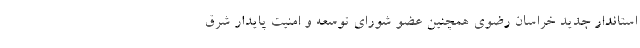
استاندار جدید خراسان رضوی همچنین عضو شورای توسعه و امنیت پایدار شرق